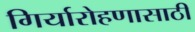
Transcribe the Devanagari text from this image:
गिर्यारोहणासाठी